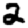
Digit: 2